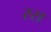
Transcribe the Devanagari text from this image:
स्स